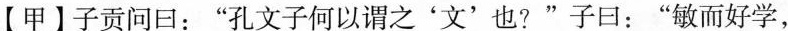
【甲】子贡问回：”孔文子何以谓之'文'也?”子曰：”敏而好学，